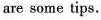
are some tips.